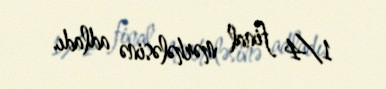
1/4 final mərhələsinə adladı.